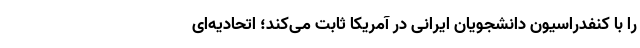
را با کنفدراسیون دانشجویان ایرانی در آمریکا ثابت می‌کند؛ اتحادیه‌ای